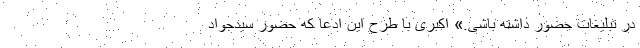
در تبلیغات حضور داشته باشی.» اکبری با طرح این ادعا که حضور سیدجواد